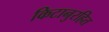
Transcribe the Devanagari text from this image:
किटानुरहित